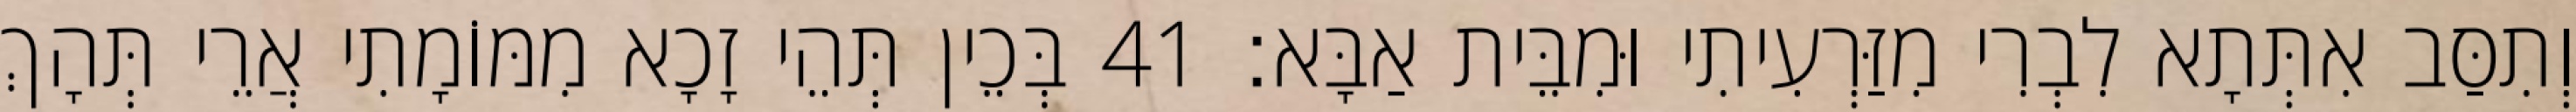
וְתִסַּב אִתְּתָא לִבְרִי מִזַּרְעִיתִי וּמִבֵּית אַבָּא׃ 41 בְּכֵין תְּהֵי זָכָא מִמּוֹמָתִי אֲרֵי תְּהָךְ